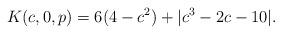
LaTeX: \begin{align*}K(c,0,p)=6(4-c^2)+|c^3-2c-10|.\end{align*}